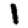
Digit: 1